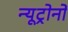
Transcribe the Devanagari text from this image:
न्यूट्रोनों